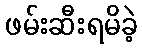
ဖမ်းဆီးရမိခဲ့